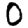
Digit: 0